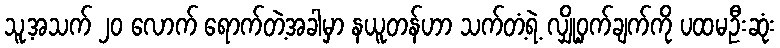
သူ့အသက် ၂၀ လောက် ရောက်တဲ့အခါမှာ နယူတန်ဟာ သက်တံ့ရဲ့ လျှို့ဝှက်ချက်ကို ပထမဦးဆုံး